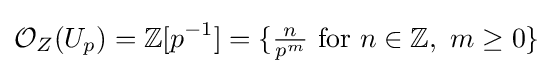
{\mathcal {O}}_{Z}(U_{p})=\mathbb {Z} [p^{-1}]=\{{\tfrac {n}{p^{m}}}\ {\text{for}}\ n\in \mathbb {Z} ,\ m\geq 0\}